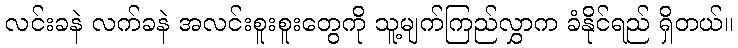
လင်းခနဲ လက်ခနဲ အလင်းစူးစူးတွေကို သူ့မျက်ကြည်လွှာက ခံနိုင်ရည် ရှိတယ်။